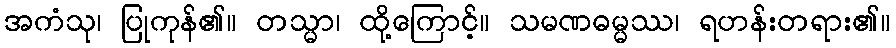
အကံသု၊ ပြုကုန်၏။ တသ္မာ၊ ထို့ကြောင့်။ သမဏဓမ္မဿ၊ ရဟန်းတရား၏။